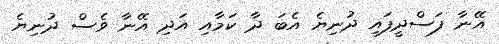
އޭނާ ފަސްދީފައި ދުނިޔެ އެބަ ދާ ކަމާއި އަދި އޭނާ ވެސް ދުނިޔެ